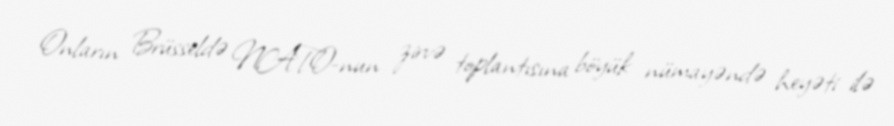
Onların Brüsseldə NATO-nun zirvə toplantısına böyük nümayəndə heyəti ilə